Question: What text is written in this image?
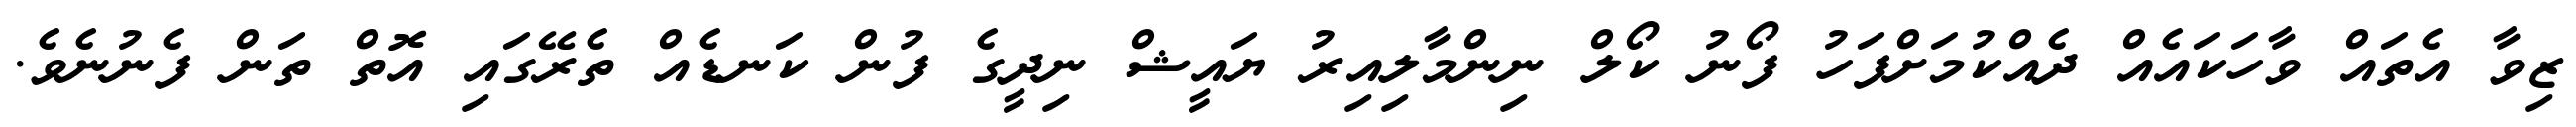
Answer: ޒިވާ އެތައް ވާހަކައެއް ދެއްކުމަށްފަހު ފޯނު ކޯލް ނިންމާލިއިރު ޔައީޝް ނިދީގެ ފުން ކަނޑެއް ތެރޭގައި އޮތް ތަން ފެނުނެވެ.